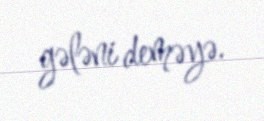
gələni deməyə.